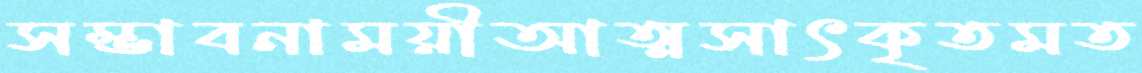
সম্ভাবনাময়ীআত্মসাৎকৃতমত